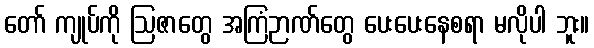
တော် ကျုပ်ကို ဩဇာတွေ အကြံဉာဏ်တွေ ပေးပေးနေစရာ မလိုပါ ဘူး။